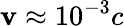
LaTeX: \mathbf{v}\approx10^{-3}c